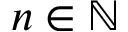
n \in \mathbb N